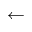
\leftarrow